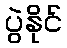
ပွဲနိုင်